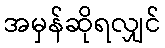
အမှန်ဆိုရလျှင်